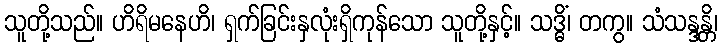
သူတို့သည်။ ဟိရိမနေဟိ၊ ရှက်ခြင်းနှလုံးရှိကုန်သော သူတို့နှင့်။ သဒ္ဓိံ၊ တကွ။ သံသန္ဒန္တိ၊